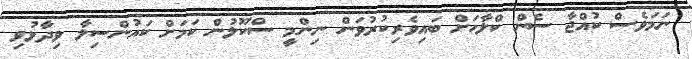
ނަމަވެސް ކުއްޖާ ސެން ކްލާހަށް ބައިވެރިކުރުވަން ނިންމީ ސްކޫލުން ކަމަށް ކައުންސިލާ ވިދާޅުވި